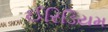
ઈરિડિયમ